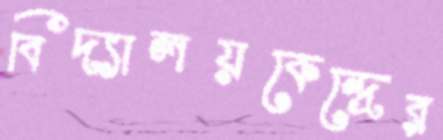
বিদ্যালয়কেন্দ্রের